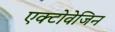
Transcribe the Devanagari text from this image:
एक्टोवेजिन